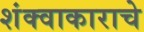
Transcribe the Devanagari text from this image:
शंक्वाकाराचे